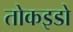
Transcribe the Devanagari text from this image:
तोकइडो